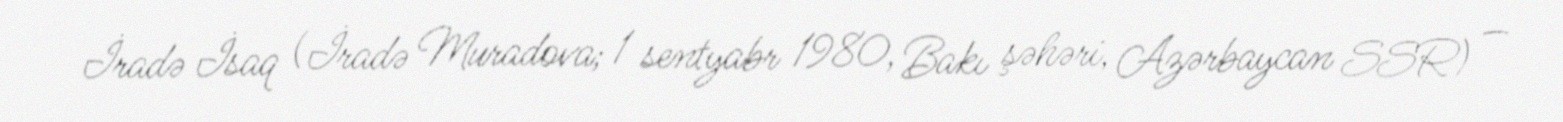
İradə İsaq (İradə Muradova; 1 sentyabr 1980, Bakı şəhəri, Azərbaycan SSR) —